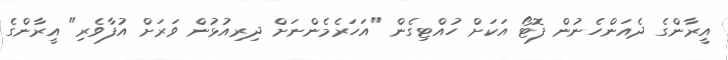
އީރާންގެ ދެއަންހެނުން ފޮޓޯ އަކަށް ހުއްޓިގެން "އަހަރެމެންނަށް ދިރިއުޅުން ވަރަށް އުފާވެރި" އީރާންގެ